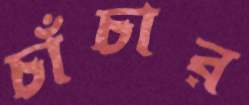
চাঁচার